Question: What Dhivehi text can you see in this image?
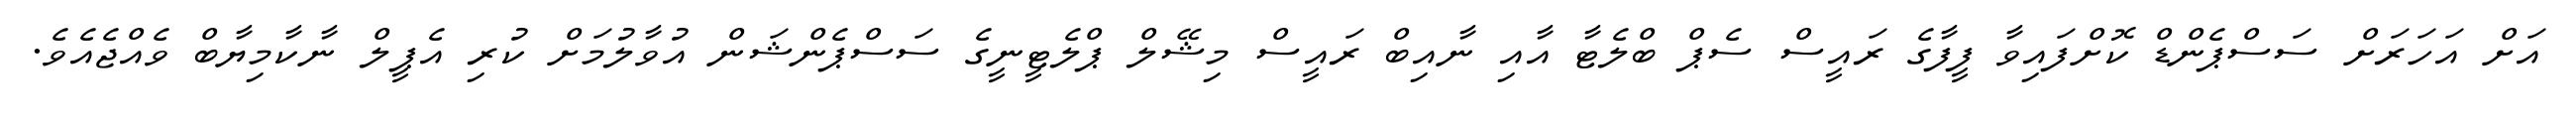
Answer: އަށް އަހަރަށް ސަސްޕެންޑް ކޮށްފައިވާ ފީފާގެ ރައީސް ސެޕް ބްލެޓާ އާއި ނާއިބް ރައީސް މިޝޭލް ޕްލެޓީނީގެ ސަސްޕެންޝަން އުވާލުމަށް ކުރި އެޕީލް ނާކާމިޔާބް ވެއްޖެއެވެ.